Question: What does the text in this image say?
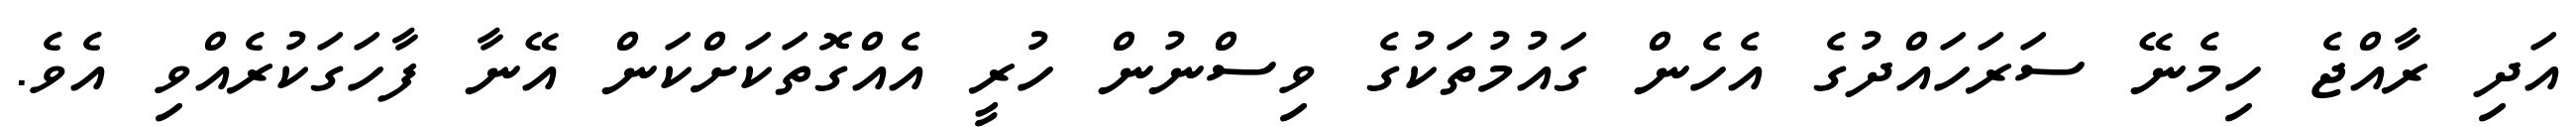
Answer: އަދި ރާއްޖެ ހިމެނޭ ސަރަހައްދުގެ އެހެން ގައުމުތަކުގެ ވިސްނުން ހުރީ އެއްގޮތަކަށްކަން އޭނާ ފާހަގަކުރެއްވި އެވެ.